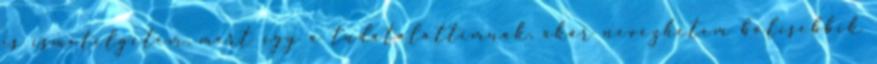
is ismételgetem, mert így a tudatalattimnak, akár nevezhetem bölcsebbik